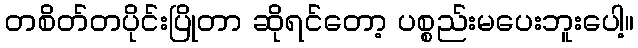
တစိတ်တပိုင်းပြိုတာ ဆိုရင်တော့ ပစ္စည်းမပေးဘူးပေါ့။